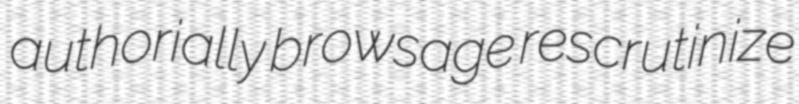
authorially browsage rescrutinize